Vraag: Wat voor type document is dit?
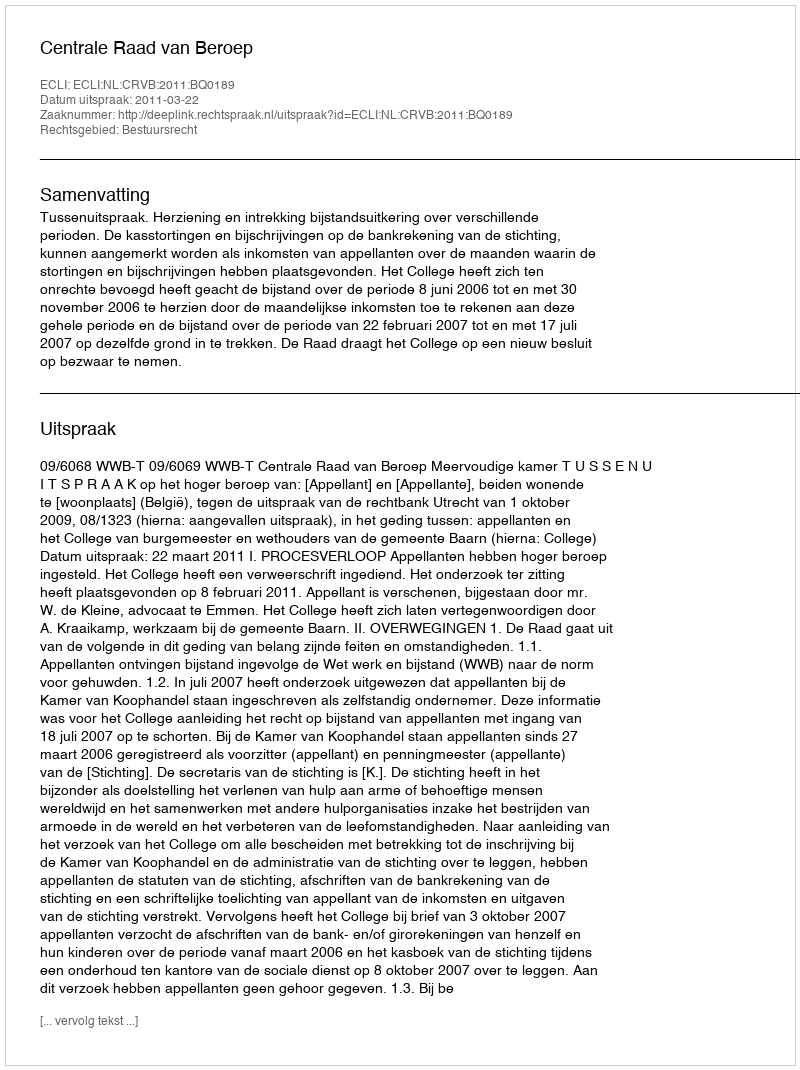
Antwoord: Uitspraak